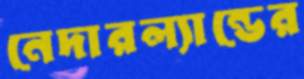
নেদারল্যান্ডের